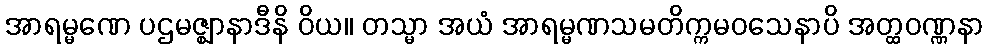
အာရမ္မဏေ ပဌမဇ္ဈာနာဒီနိ ဝိယ။ တသ္မာ အယံ အာရမ္မဏသမတိက္ကမဝသေနာပိ အတ္ထဝဏ္ဏနာ